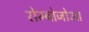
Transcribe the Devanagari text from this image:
रोम्बोजोआ